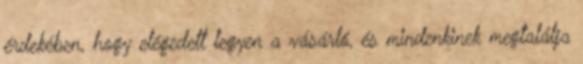
érdekében, hogy elégedett legyen a vásárló, és mindenkinek megtalálja